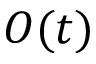
O ( t )